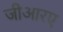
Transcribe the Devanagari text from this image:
जीआरए